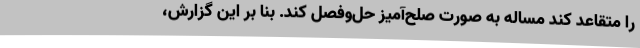
را متقاعد کند مساله به صورت صلح‌آمیز حل‌وفصل کند. بنا بر این گزارش،